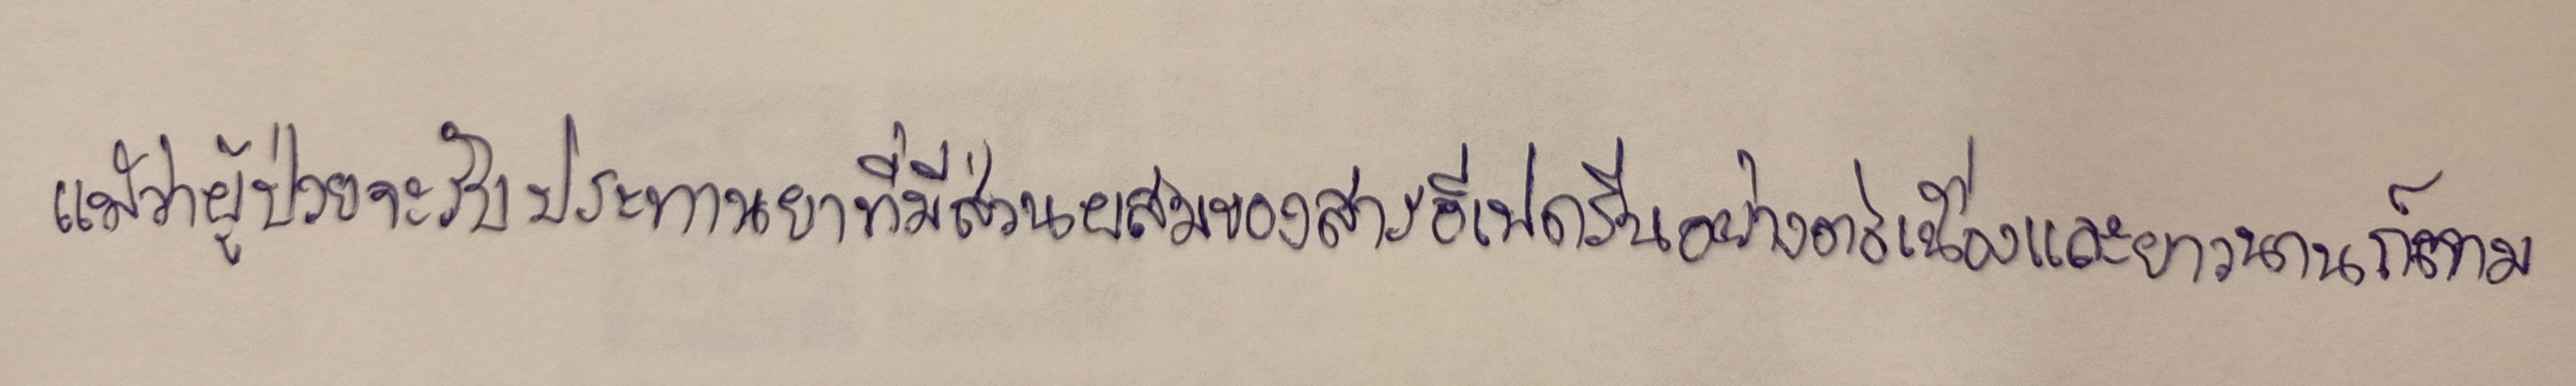
แม้ว่าผู้ป่วยจะรับประทานยาที่มีส่วนผสมของสารอีเฟดรีนอย่างต่อเนื่องและยาวนานก็ตาม